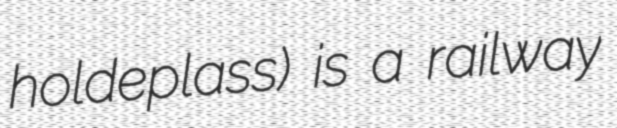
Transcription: holdeplass) is a railway